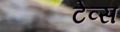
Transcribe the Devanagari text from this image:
टेव्स